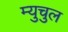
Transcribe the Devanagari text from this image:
म्युचुल